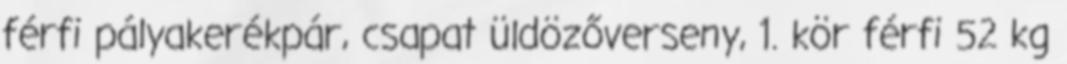
férfi pályakerékpár, csapat üldözőverseny, 1. kör férfi 52 kg